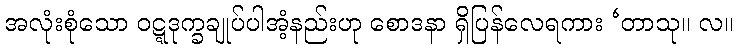
အလုံးစုံသော ဝဋ္ဋဒုက္ခချုပ်ပါအံ့နည်းဟု စောဒနာ ရှိပြန်လေရကား ‘တာသု။ လ။